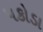
પકોડા